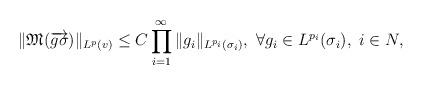
LaTeX: \begin{align*}\|\mathfrak{M}(\overrightarrow {g\sigma})\|_{L^p(v)}\leq C\prod\limits_{i=1}^{\infty}\|g_i\|_{L^{p_i}(\sigma_i)}, ~\forall g_i\in L^{p_i}(\sigma_i),~i\in N,\end{align*}